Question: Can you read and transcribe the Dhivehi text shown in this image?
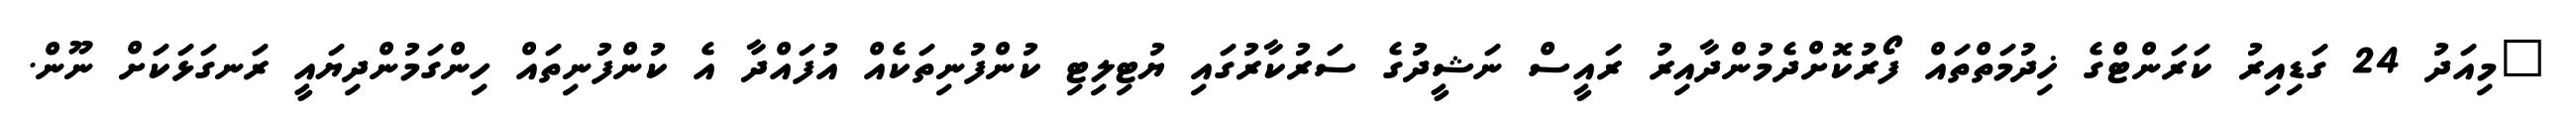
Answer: "މިއަދު 24 ގަޑިއިރު ކަރަންޓްގެ ޚިދުމަތްތައް ފޯރުކޮށްދެމުންދާއިރު ރައީސް ނަޝީދުގެ ސަރުކާރުގައި ޔުޓިލިޓި ކުންފުނިތަކެއް އުފައްދާ އެ ކުންފުނިތައް ހިންގަމުންދިޔައީ ރަނގަޅަކަށް ނޫން.